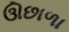
ઊછાળા